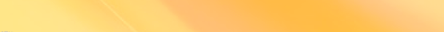
أحدث موديلات الساعات الذك